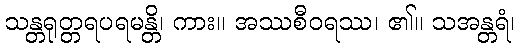
သန္တရုတ္တရပရမန္တိ၊ ကား။ အဿစီဝရဿ၊ ၏။ သအန္တရံ၊